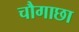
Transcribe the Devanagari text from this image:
चौगाछा